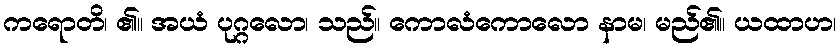
ကရောတိ၊ ၏။ အယံ ပုဂ္ဂလော၊ သည်။ ကောလံကောလော နာမ၊ မည်၏။ ယထာဟ၊